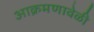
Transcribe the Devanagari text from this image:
आक्रमणावेळी